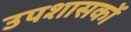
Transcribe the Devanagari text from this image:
उपशासकों